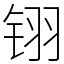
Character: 䦀